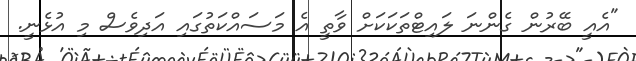
"އެއީ ބޭރުން ގެންނަ ލައިޓްތަކަކަށް ވާތީ އެ މަސައްކަތުގައި އަދިވެސް މި އުޅެނީ.